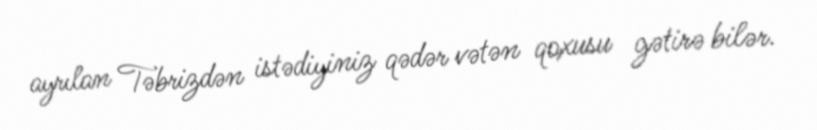
ayrılan Təbrizdən istədiyiniz qədər vətən qoxusu gətirə bilər.